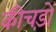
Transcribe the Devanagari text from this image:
कीचड़ों